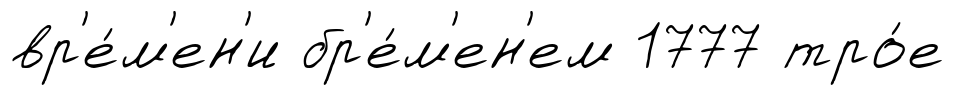
вр'е́м'ен'и бр'е́м'ен'ем 1777 тро́е